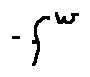
- f ^ { w }